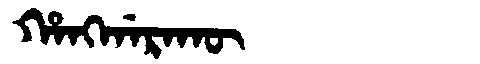
Manchu: ᡥᠠᠩᡤᠠᡵᠠᡴᡡ
Romanization: HANGGARAKŪ